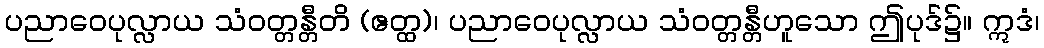
ပညာဝေပုလ္လာယ သံဝတ္တန္တီတိ (ဧတ္ထ)၊ ပညာဝေပုလ္လာယ သံဝတ္တန္တီဟူသော ဤပုဒ်၌။ ဣဒံ၊